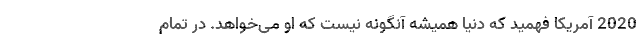
2020 آمریکا فهمید که دنیا همیشه آنگونه نیست که او می‌خواهد. در تمام